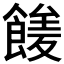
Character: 𩝘